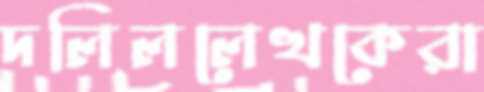
দলিললেখকেরা